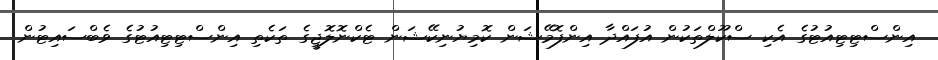
އިންސްޓިޓިއުޓުގެ އެކި ސްކޫލްތަކުން އުފައްދާ އިންފޮމޭޝަން ކޮމިޔުނިކޭޝަން ޓެކްނޮލޮޖީގެ ތަކެތި އިންސްޓިޓިއުޓުގެ ވެބްސައިޓުން